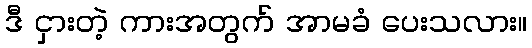
ဒီ ငှားတဲ့ ကားအတွက် အာမခံ ပေးသလား။